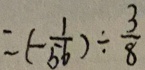
= ( - \frac { 1 } { 5 6 } ) \div \frac { 3 } { 8 }